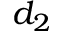
d _ { 2 }